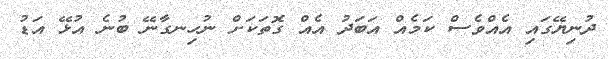
ދުނިޔޭގައި އެއްވެސް ކަމެއް އަބަދު އެއް ގޮތަކަށް ނުހިނގާނޭ ބުނެ އުޅޭ އަޑު